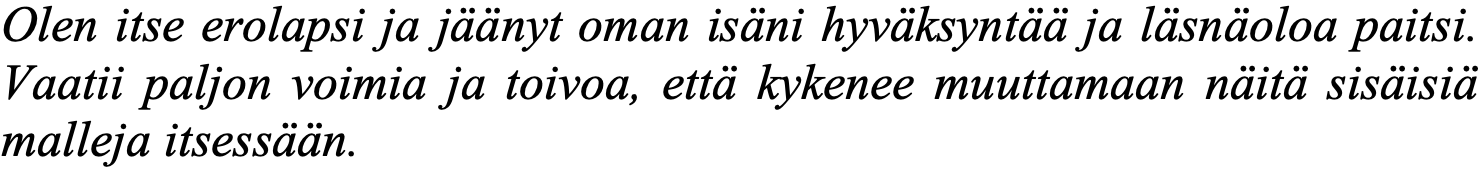
Olen itse erolapsi ja jäänyt oman isäni hyväksyntää ja läsnäoloa paitsi. Vaatii paljon voimia ja toivoa, että kykenee muuttamaan näitä sisäisiä malleja itsessään.